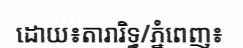
ដោយ៖តារារិទ្ធ/ភ្នំពេញ៖